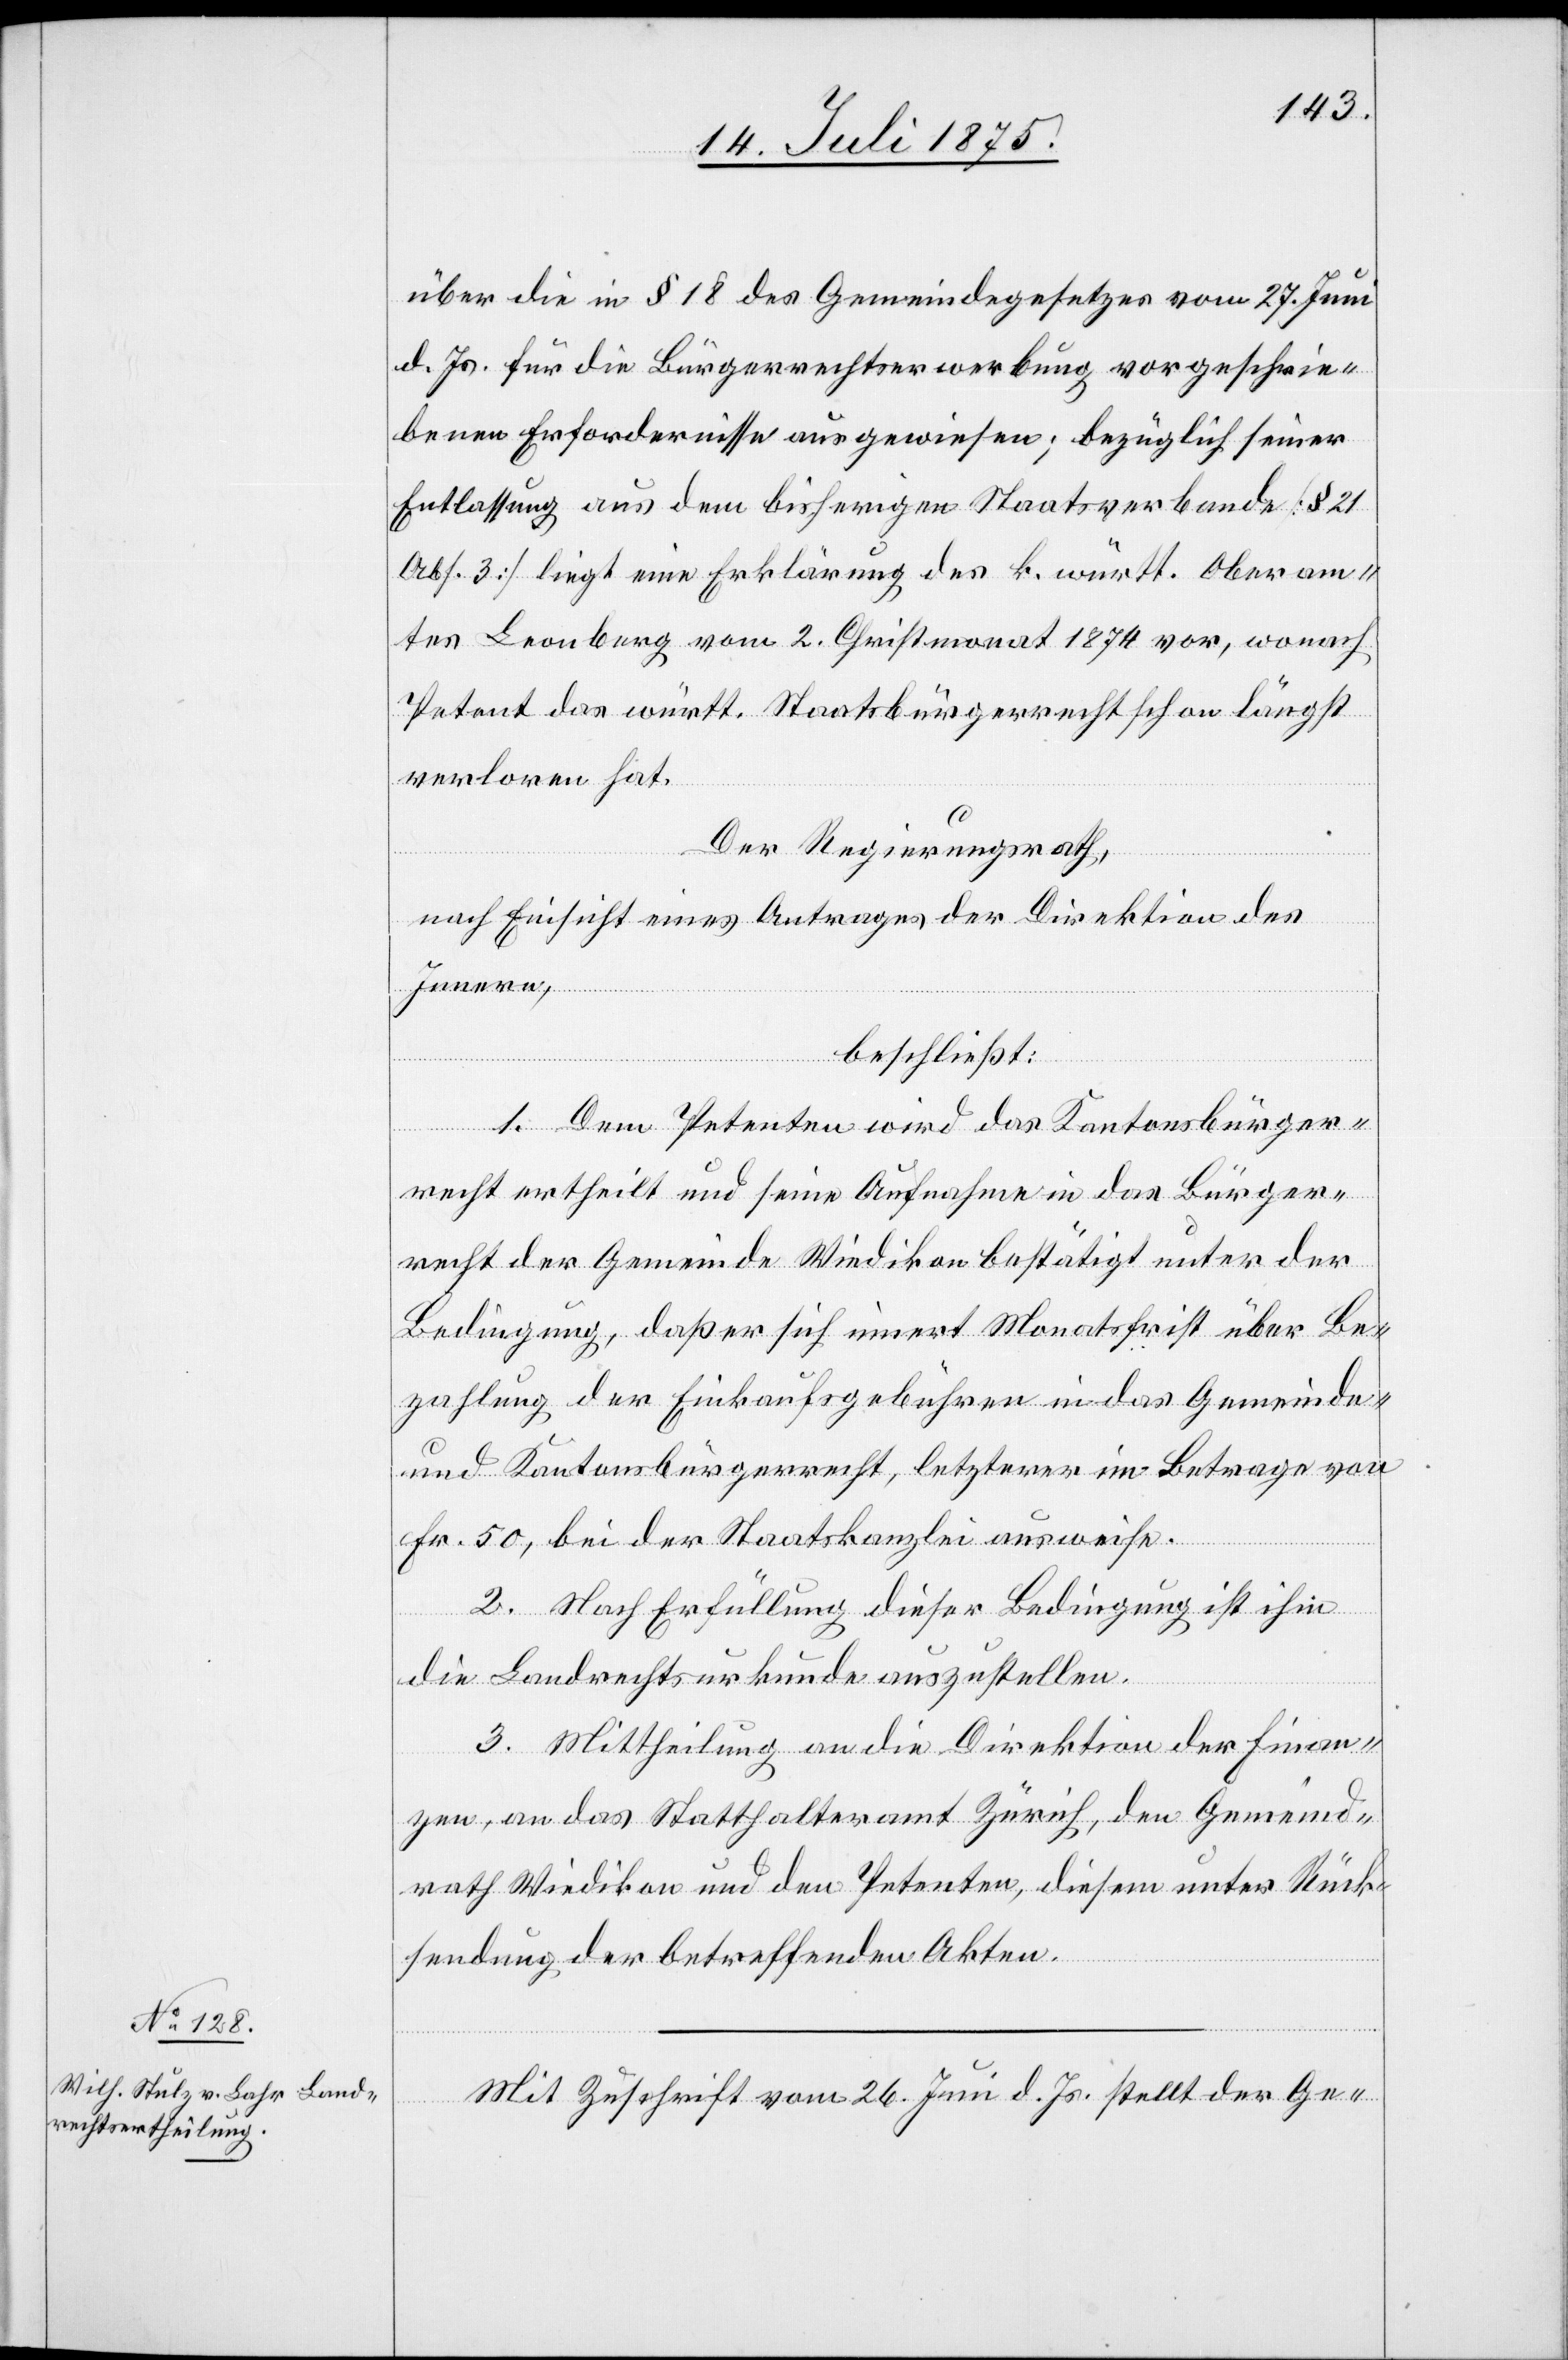
über die in § 18 des Gemeindegesetzes vom 27. Juni
d. Js. für die Bürgerrechtserwerbung, vorgeschrie¬
benen Erfordernisse ausgewiesen; bezüglich seiner
Entlassung aus dem bisherigen Staatsverbande [§ 21
Abs. 3] liegt eine Erklärung des k. württ. Oberam¬
tes Leonberg vom 2. Christmonat 1874 vor, wonach
Petent das württ. Staatsbürgerrecht schon längst
verloren hat.
Der Regierungsrath,
nach Einsicht eines Antrages der Direktion des
Innern,
beschließt:
1. Dem Petenten wird das Kantonsbürger¬
recht ertheilt und seine Aufnahme in das Bürger¬
recht der Gemeinde Wiedikon bestätigt unter der
Bedingung, daß er sich innert Monatsfrist über Be¬
zahlung der Einkaufsgebühren, letzterer im Be¬
Fr. 50, bei der Staatskanzlei ausweise.
2. Nach Erfüllung dieser Bedingung ist ihm
von
die Landrechtsurkunde auszustellen.
3. Mittheilung an die Direktion der Finan¬
zen, an das Statthalteramt Zürich, den Gemeind¬
rath Wiedikon und den Petenten, diesem unter Rück¬
sendung der betreffenden Akten.
Mit Zuschrift vom 26. Juni d. Js. stellt der Ge-